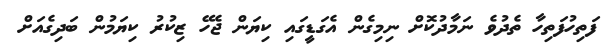
ފަތިހުފަތިހާ ތެދުވެ ނަމާދުކޮށް ނިމިގެން އެގަޑީގައި ކިޔަން ޖެހޭ ޒިކުރު ކިޔަމުން ބަދިގެއަށް